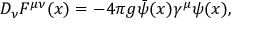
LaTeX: D _ { \nu } F ^ { \mu \nu } ( x ) = - 4 \pi g \bar { \psi } ( x ) \gamma ^ { \mu } \psi ( x ) ,